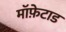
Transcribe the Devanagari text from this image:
मॉफ़ेटाड